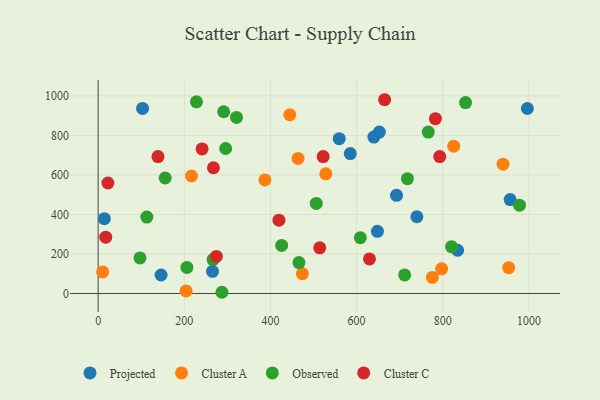
{"axis": {"x": "Price", "y": "Profit"}, "legend": ["Cluster A", "Cluster C", "Observed", "Projected"], "data": [{"x": "103.1", "y": 936.8, "type": "Projected"}, {"x": "585.3", "y": 708.0, "type": "Projected"}, {"x": "146.1", "y": 93.6, "type": "Projected"}, {"x": "834.5", "y": 218.9, "type": "Projected"}, {"x": "652.8", "y": 816.7, "type": "Projected"}, {"x": "640.1", "y": 791.7, "type": "Projected"}, {"x": "265.5", "y": 112.5, "type": "Projected"}, {"x": "956.5", "y": 475.6, "type": "Projected"}, {"x": "692.7", "y": 496.8, "type": "Projected"}, {"x": "996.5", "y": 936.2, "type": "Projected"}, {"x": "559.7", "y": 783.3, "type": "Projected"}, {"x": "648.4", "y": 314.7, "type": "Projected"}, {"x": "739.9", "y": 388.4, "type": "Projected"}, {"x": "14.4", "y": 378.5, "type": "Projected"}, {"x": "825.4", "y": 745.4, "type": "Cluster A"}, {"x": "528.5", "y": 605.7, "type": "Cluster A"}, {"x": "216.7", "y": 594.7, "type": "Cluster A"}, {"x": "775.9", "y": 81.4, "type": "Cluster A"}, {"x": "474.2", "y": 100.4, "type": "Cluster A"}, {"x": "797.4", "y": 125.2, "type": "Cluster A"}, {"x": "10.4", "y": 109.2, "type": "Cluster A"}, {"x": "953.1", "y": 131.0, "type": "Cluster A"}, {"x": "445.0", "y": 904.5, "type": "Cluster A"}, {"x": "204.1", "y": 13.2, "type": "Cluster A"}, {"x": "940.0", "y": 654.5, "type": "Cluster A"}, {"x": "387.2", "y": 575.0, "type": "Cluster A"}, {"x": "464.1", "y": 683.5, "type": "Cluster A"}, {"x": "113.0", "y": 386.7, "type": "Observed"}, {"x": "97.1", "y": 180.0, "type": "Observed"}, {"x": "291.4", "y": 919.8, "type": "Observed"}, {"x": "287.4", "y": 6.3, "type": "Observed"}, {"x": "718.1", "y": 580.9, "type": "Observed"}, {"x": "820.5", "y": 236.9, "type": "Observed"}, {"x": "155.6", "y": 584.6, "type": "Observed"}, {"x": "466.2", "y": 156.8, "type": "Observed"}, {"x": "853.0", "y": 966.2, "type": "Observed"}, {"x": "228.3", "y": 969.8, "type": "Observed"}, {"x": "321.2", "y": 891.0, "type": "Observed"}, {"x": "266.7", "y": 171.8, "type": "Observed"}, {"x": "766.4", "y": 816.8, "type": "Observed"}, {"x": "206.1", "y": 132.2, "type": "Observed"}, {"x": "426.1", "y": 243.6, "type": "Observed"}, {"x": "978.2", "y": 446.8, "type": "Observed"}, {"x": "296.0", "y": 733.7, "type": "Observed"}, {"x": "506.4", "y": 455.8, "type": "Observed"}, {"x": "711.5", "y": 94.1, "type": "Observed"}, {"x": "608.7", "y": 282.3, "type": "Observed"}, {"x": "17.6", "y": 284.9, "type": "Cluster C"}, {"x": "793.0", "y": 693.0, "type": "Cluster C"}, {"x": "274.5", "y": 187.5, "type": "Cluster C"}, {"x": "419.8", "y": 371.1, "type": "Cluster C"}, {"x": "22.7", "y": 559.2, "type": "Cluster C"}, {"x": "522.4", "y": 693.0, "type": "Cluster C"}, {"x": "629.9", "y": 175.1, "type": "Cluster C"}, {"x": "514.5", "y": 231.3, "type": "Cluster C"}, {"x": "783.0", "y": 884.8, "type": "Cluster C"}, {"x": "138.9", "y": 692.9, "type": "Cluster C"}, {"x": "267.7", "y": 636.5, "type": "Cluster C"}, {"x": "665.1", "y": 980.6, "type": "Cluster C"}, {"x": "241.3", "y": 731.4, "type": "Cluster C"}]}